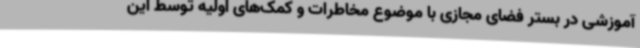
آموزشی در بستر فضای مجازی با موضوع مخاطرات و کمک‌های اولیه توسط این